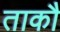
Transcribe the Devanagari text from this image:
ताकौ